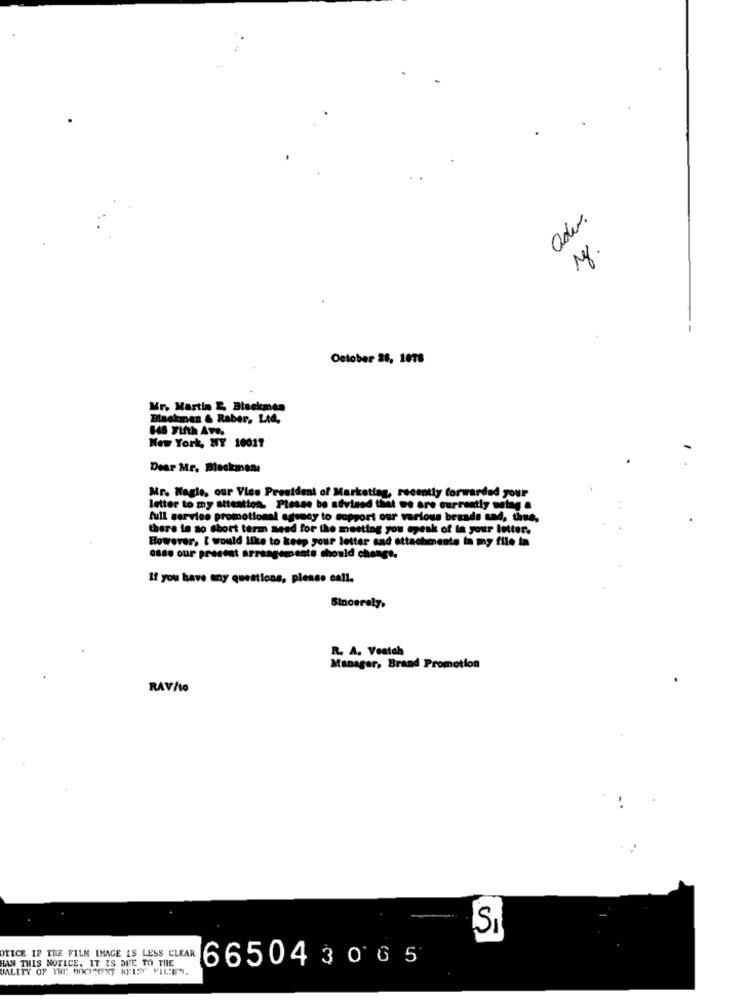
adv.
October 28, 1078
Mr. Martin E Blackman
Blackman & Raber, Ltd.
64S Fifth Ave.
New York, NY 10011
Dear Mr. Bleckmann
Mr. Nagle, our Vice President of Marketing, recently forwarded your
letter to my attention. Please be advised that we are currently notag .
full service promotional agency to support our various brands and, thus,
there is so short term need for the meeting you speak of in your letter.
However, I would like to keep your letter and attachments ta my file in
osso our present arrangements should change.
If you have any questions, please call.
Sincerely.
R. A. Veatah
Manager, Brand Promotion
RAV/O
SI
OTICE IF THE FILM IMAGE IS LESS CLEAR
HAN THIS NOTICE. IT IS DUE TO THE
6650430 6 5
JALITY OF THE: DOCTCIENT KELN MILES.